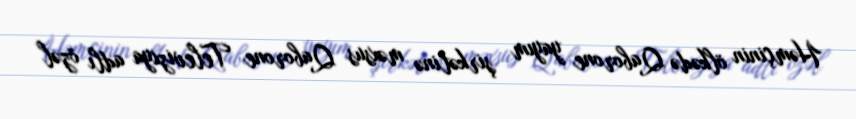
Həmçinin ölkədə Qaborone yayım şirkətinə məxsus Qaborone Televiziya adlı özəl